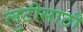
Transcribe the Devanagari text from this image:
लुटीसाठी